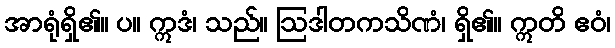
အာရုံရှိ၏။ ပ။ ဣဒံ၊ သည်။ ဩဒါတကသိဏံ၊ ရှိ၏။ ဣတိ ဧဝံ၊